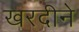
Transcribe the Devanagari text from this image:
खरदीने